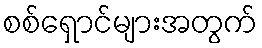
စစ်ရှောင်များအတွက်